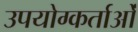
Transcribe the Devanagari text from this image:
उपयोग्कर्ताओं